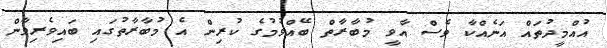
އުއްމީދުތައް އަނެއްކާ ވެސް އާވީ މުބާރާތް ބޭއްވުމުގެ ކުރިން އެ މުބާރާތުގައި ބައިވެރިވާން